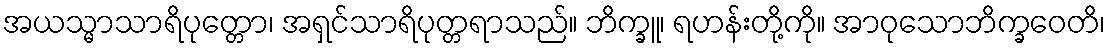
အယသ္မာသာရိပုတ္တော၊ အရှင်သာရိပုတ္တရာသည်။ ဘိက္ခူ၊ ရဟန်းတို့ကို။ အာဝုသောဘိက္ခဝေတိ၊